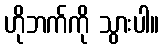
ဟိုဘက်ကို သွားပါ။